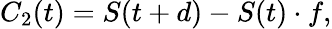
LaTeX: C_{2}(t)=S(t+d)-S(t)\cdot f,